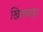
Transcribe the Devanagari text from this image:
खिलवाड़।